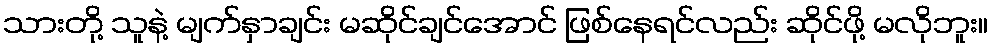
သားတို့ သူနဲ့ မျက်နှာချင်း မဆိုင်ချင်အောင် ဖြစ်နေရင်လည်း ဆိုင်ဖို့ မလိုဘူး။